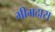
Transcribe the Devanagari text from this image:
भीमदास